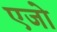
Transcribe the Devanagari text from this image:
एजो